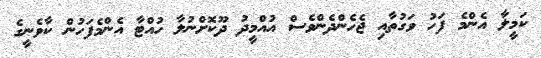
ކަމީލާ އެންމެ ފަހު ވަގުތާއި ޖެހެންދެންވެސް އުއްމީދު ދޫކޮށްނުލާ ހުއްޓާ އެންމެފަހުން ކާވެނީގެ